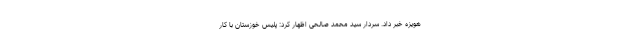
هویزه خبر داد. سردار سید محمد صالحی اظهار کرد: پلیس خوزستان با کار